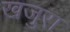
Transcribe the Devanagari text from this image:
खजुरा